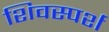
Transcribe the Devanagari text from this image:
शिवस्पर्श